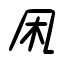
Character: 凩